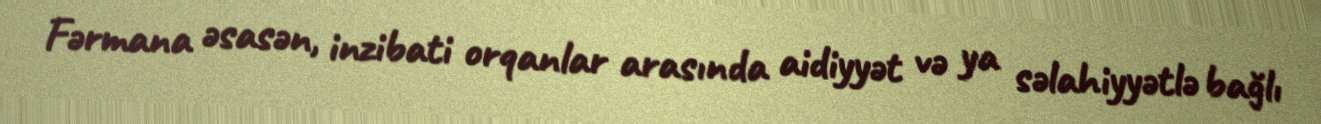
Fərmana əsasən, inzibati orqanlar arasında aidiyyət və ya səlahiyyətlə bağlı